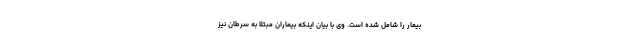
بیمار را شامل شده است. وی با بیان اینکه بیماران مبتلا به سرطان نیز